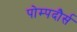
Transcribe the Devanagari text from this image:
पोम्पदौर्स